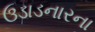
ઉડાડનારના